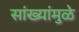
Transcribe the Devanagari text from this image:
सांख्यांमुळे